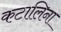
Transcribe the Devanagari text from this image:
कटालिना